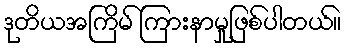
ဒုတိယအကြိမ် ကြားနာမှုဖြစ်ပါတယ်။